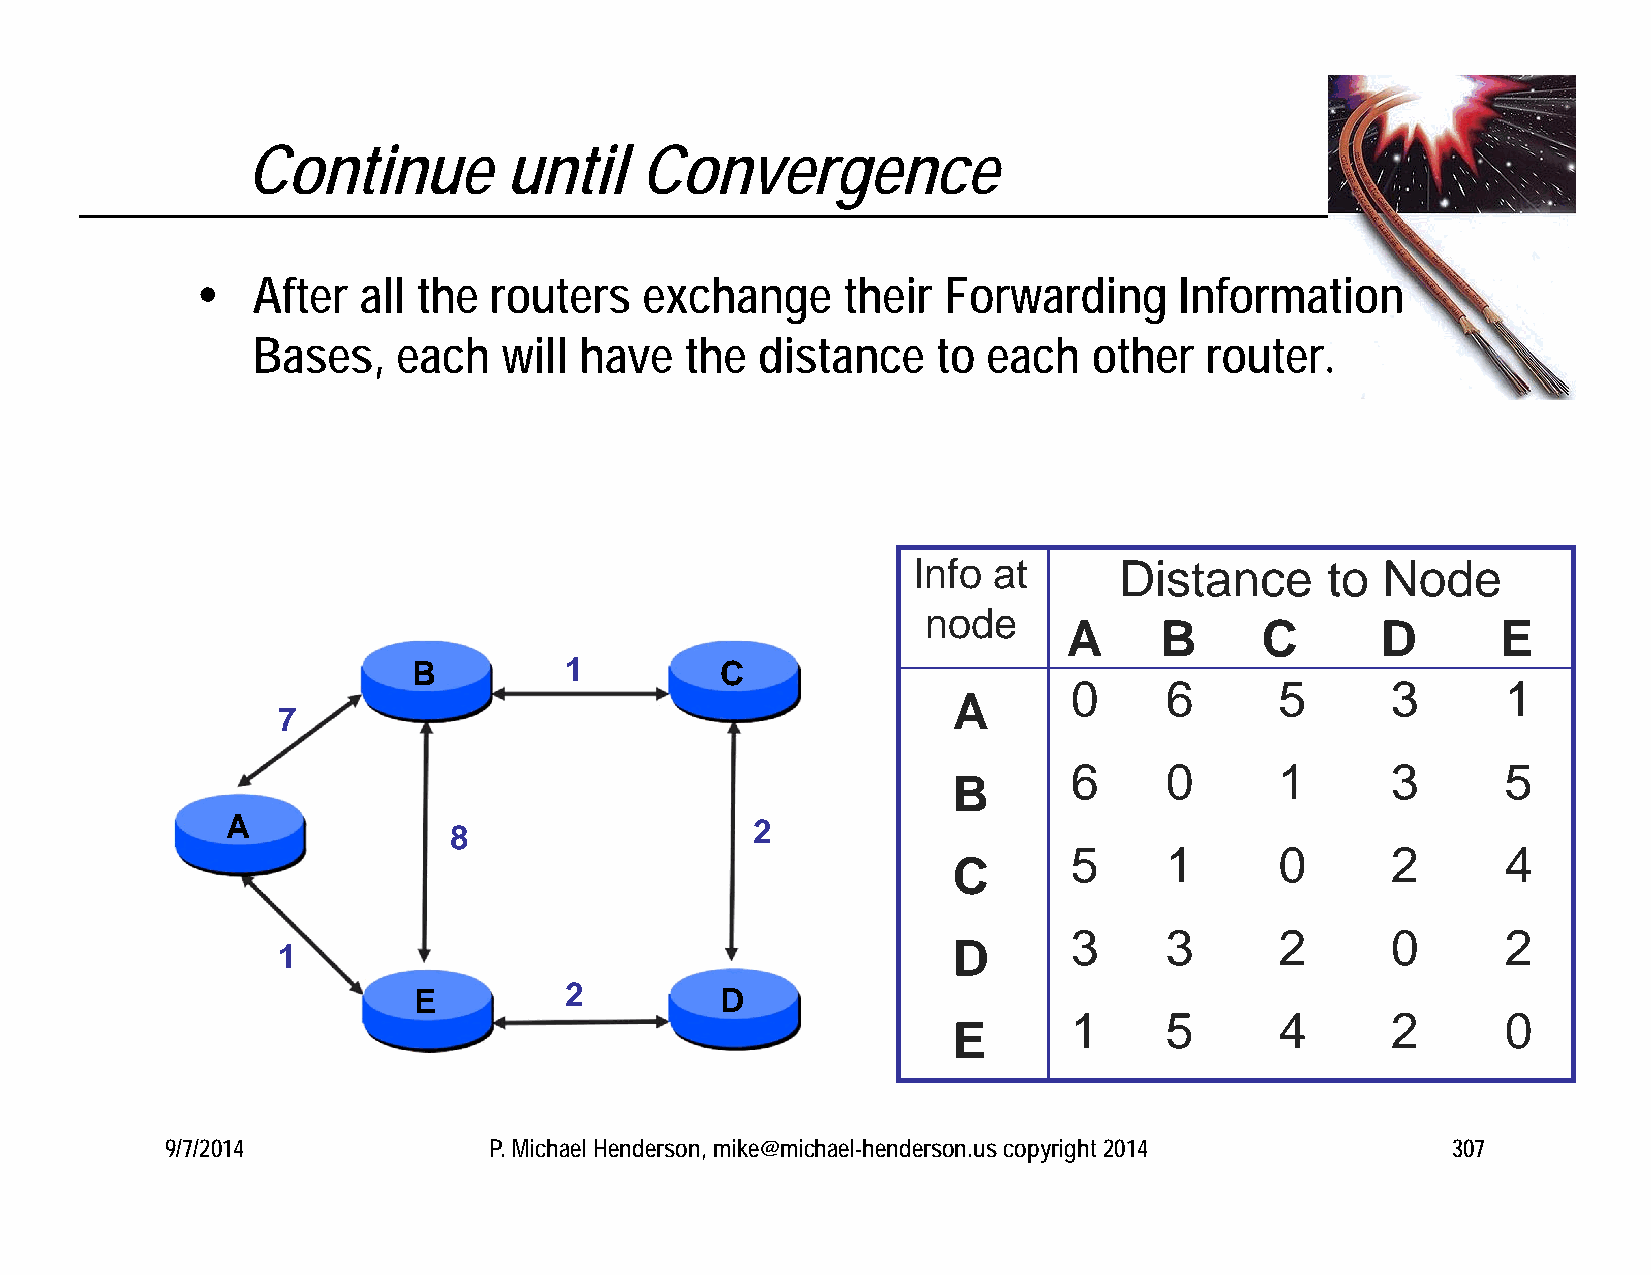
Continue          until   Convergence
    After  all the routers    exchange     their Forwarding      Information
 Bases,   each   will have   the  distance    to each   other   router.
 Info  at      Distance      to Node
 node
 A     B     C       D       E
 B         1          C
 0     6       5      3       1
 A
 7
 6     0       1      3       5
 B
 A              8                   2
 5     1       0      2       4
 C
 3     3       2      0       2
 1                                            D
 E         2          D
 1     5       4      2       0
 E
 9/7/2014             P. Michael Henderson, mike@michael-henderson.us copyright 2014  307